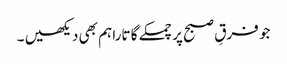
جو فرقِ صبح پر چمکے گا تارا ہم بھی دیکھیں ۔